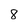
Character: 8